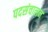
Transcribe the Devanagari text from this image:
पदसंचालन